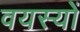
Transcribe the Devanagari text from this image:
वयस्यों